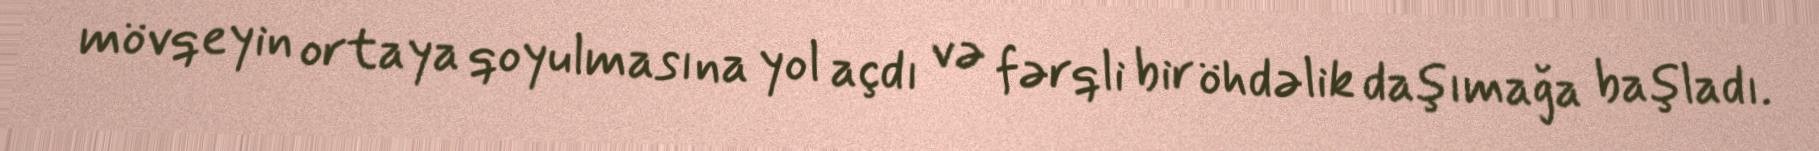
mövqeyin ortaya qoyulmasına yol açdı və fərqli bir öhdəlik daşımağa başladı.